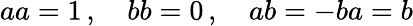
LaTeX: \textstyle aa=1\, ,\quad bb=0\, ,\quad ab=-ba=b